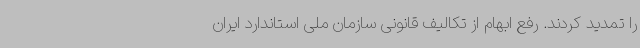
را تمدید کردند. رفع ابهام از تکالیف قانونی سازمان ملی استاندارد ایران